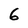
Character: 6